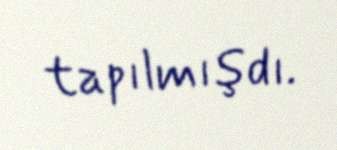
tapılmışdı.